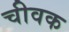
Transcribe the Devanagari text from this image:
चीवक